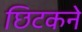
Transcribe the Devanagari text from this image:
छिटकने